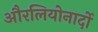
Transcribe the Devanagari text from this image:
औरलियोनार्दो